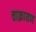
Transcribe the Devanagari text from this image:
चाक्रायण